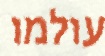
עולמו